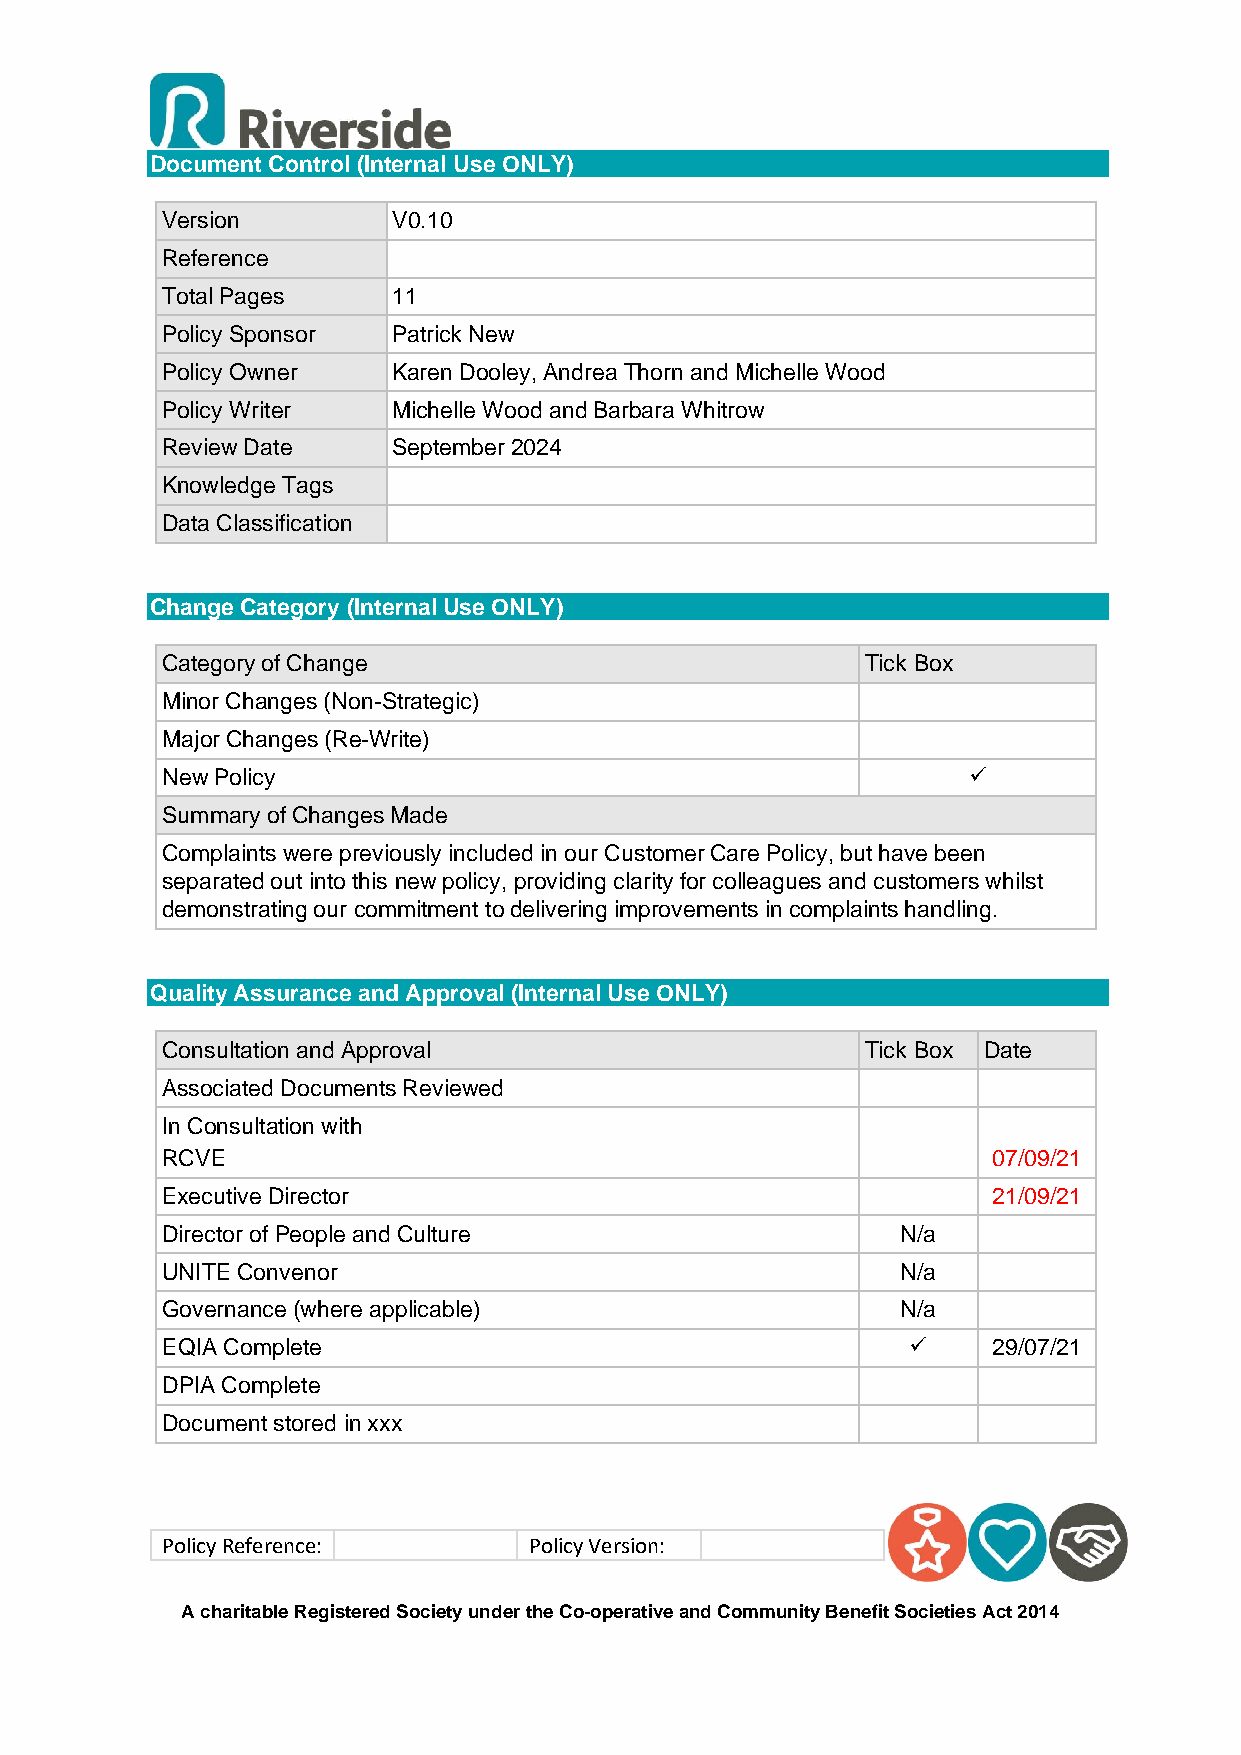
Document Control (Internal Use ONLY)
 Version        V0.10
 Reference
 Total Pages    11
 Policy Sponsor Patrick New
 Policy Owner   Karen Dooley, Andrea Thorn and Michelle Wood
 Policy Writer  Michelle Wood and Barbara Whitrow
 Review Date    September 2024
 Knowledge Tags
 Data Classification
 Change Category (Internal Use ONLY)
 Category of Change                            Tick Box
 Minor Changes (Non-Strategic)
 Major Changes (Re-Write)
 New Policy                                           ✓
 Summary of Changes Made
 Complaints were previously included in our Customer Care Policy, but have been
 separated out into this new policy, providing clarity for colleagues and customers whilst
 demonstrating our commitment to delivering improvements in complaints handling.
 Quality Assurance and Approval (Internal Use ONLY)
 Consultation and Approval                     Tick Box Date
 Associated Documents Reviewed
 In Consultation with
 RCVE                                                   07/09/21
 Executive Director                                     21/09/21
 Director of People and Culture                   N/a
 UNITE Convenor                                   N/a
 Governance (where applicable)                    N/a
 EQIA Complete                                    ✓     29/07/21
 DPIA Complete
 Document stored in xxx
 Policy Reference:       Policy Version:
 A charitable Registered Society under the Co-operative and Community Benefit Societies Act 2014